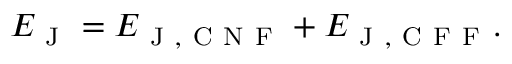
E _ { \mathrm { ~ J ~ } } = E _ { \mathrm { ~ J ~ } , \mathrm { ~ C ~ N ~ F ~ } } + E _ { \mathrm { ~ J ~ } , \mathrm { ~ C ~ F ~ F ~ } } .